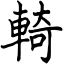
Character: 輢